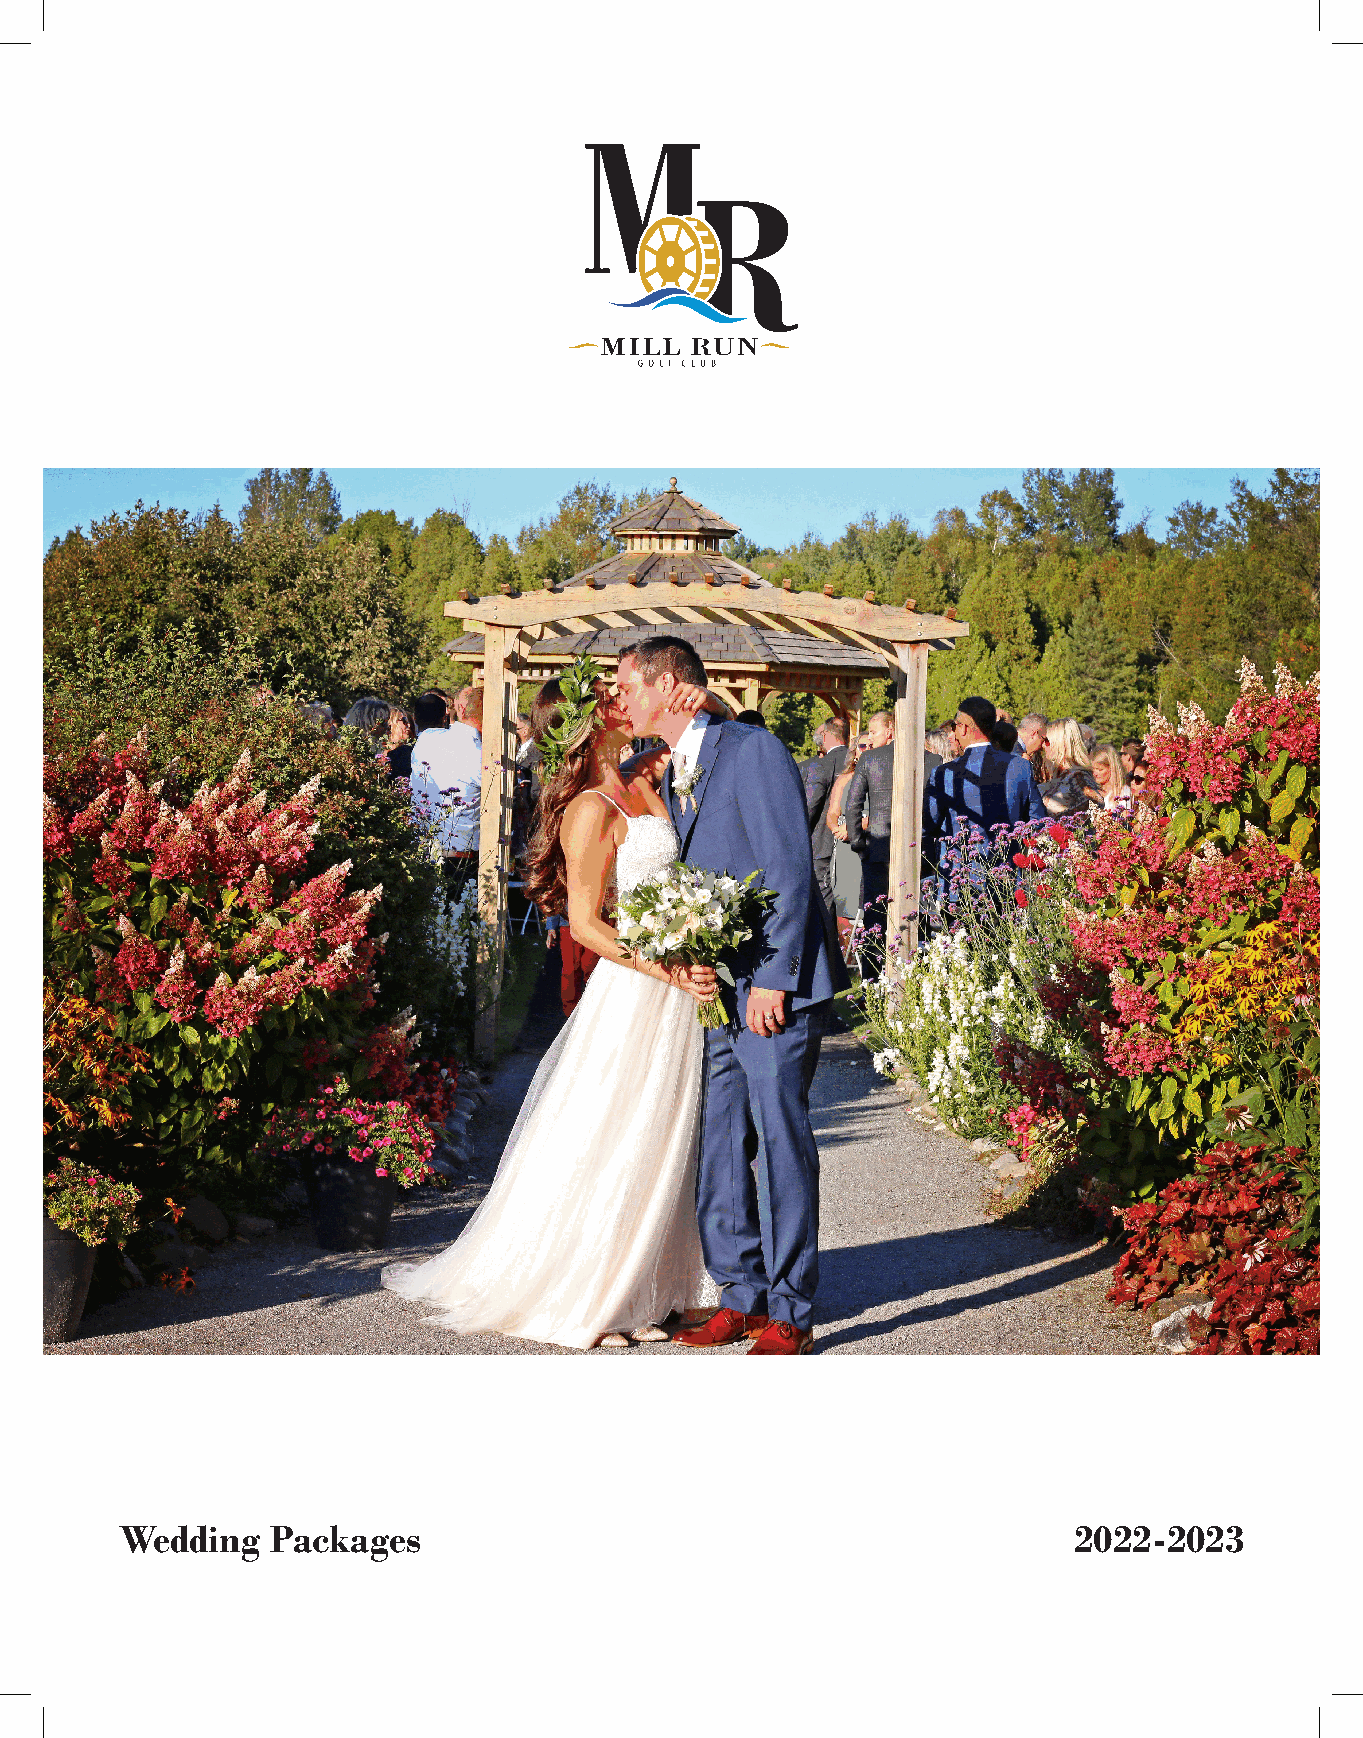
Wedding   Packages                                             2022-2023